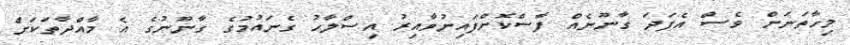
މިހާތަނަށް ވެސް އެފަދަ ގާނޫނެއް ފާސްކޮށްފައިނުވާއިރު އިސްލާހު ގެނައުމުގެ ގާނޫނުގެ އެ މާއްދާތަކަށް